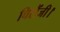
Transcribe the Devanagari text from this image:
चिरौंजी।